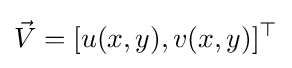
{\vec {V}}=[u(x,y),v(x,y)]^{\top }